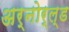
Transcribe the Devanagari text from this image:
अर्नोर्ल्ड